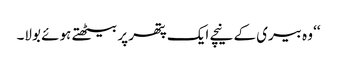
‘‘ وہ بیری کے نیچے ایک پتھر پر بیٹھتے ہوئے بولا۔